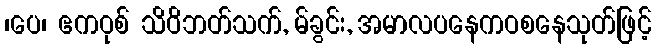
၊ပေ၊ ဧကဝုစ် သိဝိဘတ်သက်, မ်ခွင်း, အမာလပနေကဝစနေသုတ်ဖြင့်